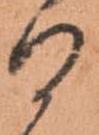
る